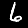
Label: 6